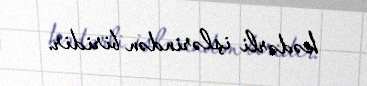
kədərli işlərindən biridir.